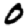
Digit: 0